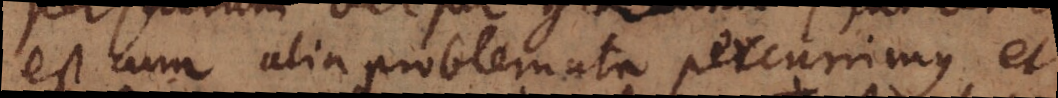
est cum alia problemata percurrimus et